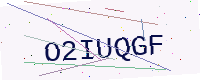
Text: O2IUQGF